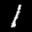
Label: 1